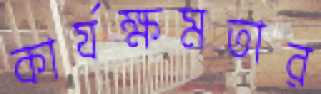
কার্যক্ষমতার